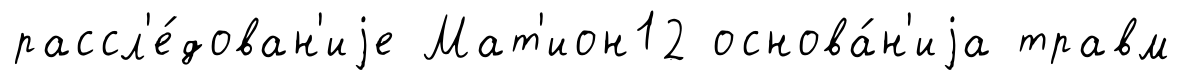
рассл'е́дован'иjе Мат'ион12 основа́н'иjа травм